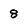
Character: 8